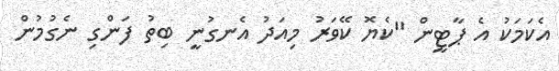
އެކަމަކު އެ ޕާޓީން "ކެޔޮ ކޭވަރު މިއަދު އެނގުނީ ބިތު ފަންގި ނެގުމުން